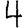
Digit: 4